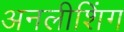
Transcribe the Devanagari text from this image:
अनलीशिंग